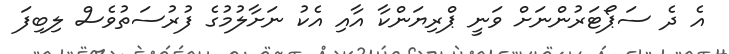
އެ ދެ ސަޕޯޓަރުންނަށް ވަނީ ޕްރިޔަންކާ އާއި އެކު ނަށާލުމުގެ ފުރުސަތުވެސް ލިބިފަ